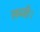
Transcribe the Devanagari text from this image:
सब्जी।